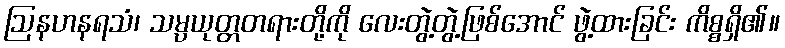
ဩနဟနရသံ၊ သမ္ပယုတ္တတရားတို့ကို လေးတွဲ့တွဲ့ဖြစ်အောင် ဖွဲ့ထားခြင်း ကိစ္စရှိ၏။